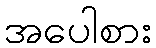
အပေါစား